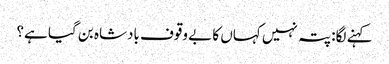
کہنے لگا: پتہ نہیں کہاں کا بے وقوف بادشاہ بن گیا ہے؟